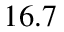
1 6 . 7